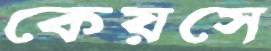
কেয়সে